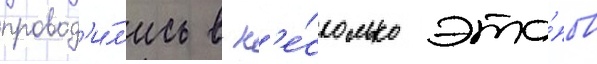
провод'и́л'ись в н'е́сколько эта́пов